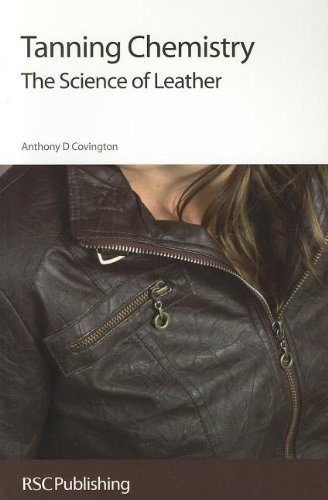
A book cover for Tanning Chemistry: The Science of Leather; Anthony D Covington; Science & Math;